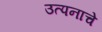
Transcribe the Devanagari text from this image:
उत्पनाचे